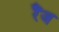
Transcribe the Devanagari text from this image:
रैंज